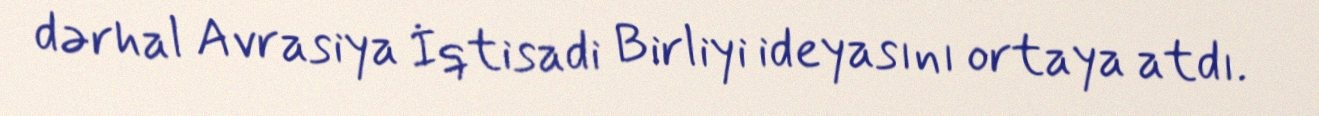
dərhal Avrasiya İqtisadi Birliyi ideyasını ortaya atdı.